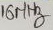
Text: 16MHz